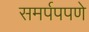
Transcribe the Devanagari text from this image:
समर्पपपणे